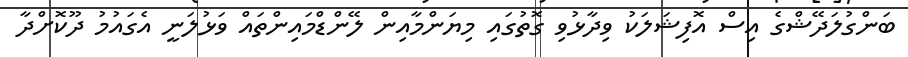
ބަންގުލަދޭޝްގެ އިސް އޮފިޝަލަކު ވިދާޅުވި ގޮތުގައި މިޔަންމާއިން ލޭންޑްމައިންތައް ވަޅުލަނީ އެގައުމު ދޫކޮށްދާ